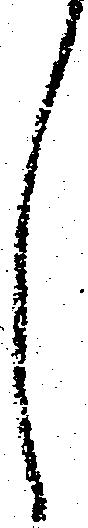
し